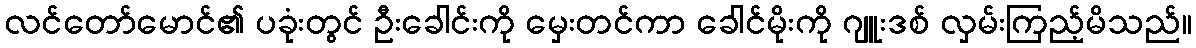
လင်တော်မောင်၏ ပခုံးတွင် ဦးခေါင်းကို မှေးတင်ကာ ခေါင်မိုးကို ဂျူးဒစ် လှမ်းကြည့်မိသည်။